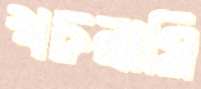
খচরামি